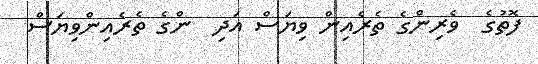
ފޮތުގެ  ވެރިންގެ ތެރެއިން ވިޔަސް އަދި  ންގެ ތެރެއިންވިޔަސް